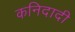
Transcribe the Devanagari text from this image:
कनिदादी